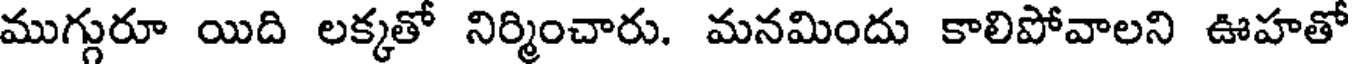
ముగ్గురూ యిది లక్కతో నిర్మించారు. మనమిందు కాలిపోవాలని ఊహతో